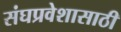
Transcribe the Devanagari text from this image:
संघप्रवेशासाठी